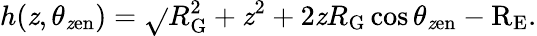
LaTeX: h(\mathit{z},\theta_{\mathrm{{\mathit{z}en}}})=\sqrt{}{{R_{\mathrm{{G}}}^{2}+\mathit{z}^{2}+2\mathit{z}R_{\mathrm{{G}}}\cos\theta_{\mathrm{{\mathit{z}en}}}}}-\mathrm{{R_{E}}}.